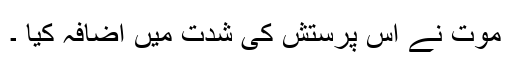
موت نے اس پرستش كی شدت میں اضافہ كیا ۔